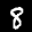
Label: 8